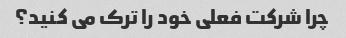
چرا شرکت فعلی خود را ترک می کنید؟